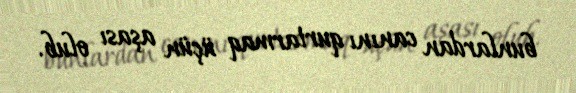
bunlardan canını qurtarmaq üçün aşası olub.